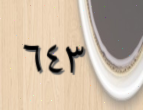
٦٤٣